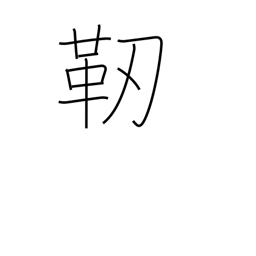
Meaning: quiver